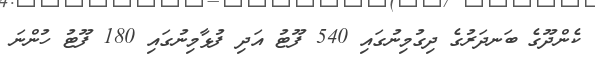
ކެންދޫގެ ބަނދަރުގެ ދިގުމިނުގައި 540 ފޫޓު އަދި ފުޅާމިނުގައި 180 ފޫޓު ހުންނަ